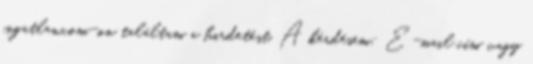
ingatlan.com-on találtam a hirdetést. A kérdésem: E-mail cím vagy